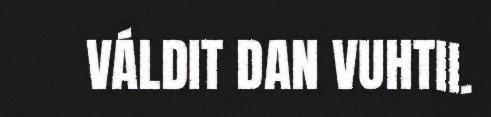
VÁLDIT DAN VUHTII.